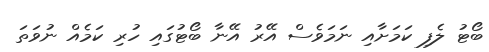
ބޯޓު ލެފި ކަމަށާއި ނަމަވެސް އޭރު އޭނާ ބޯޓުގައި ހުރި ކަމެއް ނުވަތަ